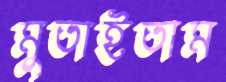
মুতাইতাম